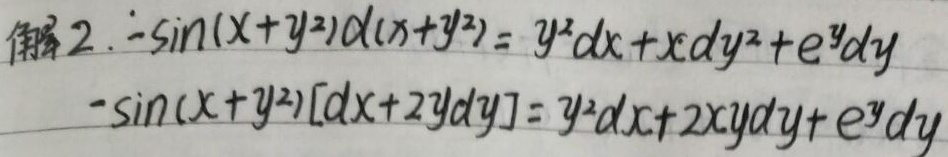
解2.
\(-\sin(x + y^{2})d(x + y^{2}) = y^{2}dx + xdy^{2}+e^{y}dy\)
\(-\sin(x + y^{2})[dx + 2ydy]=y^{2}dx + 2xydy+e^{y}dy\)